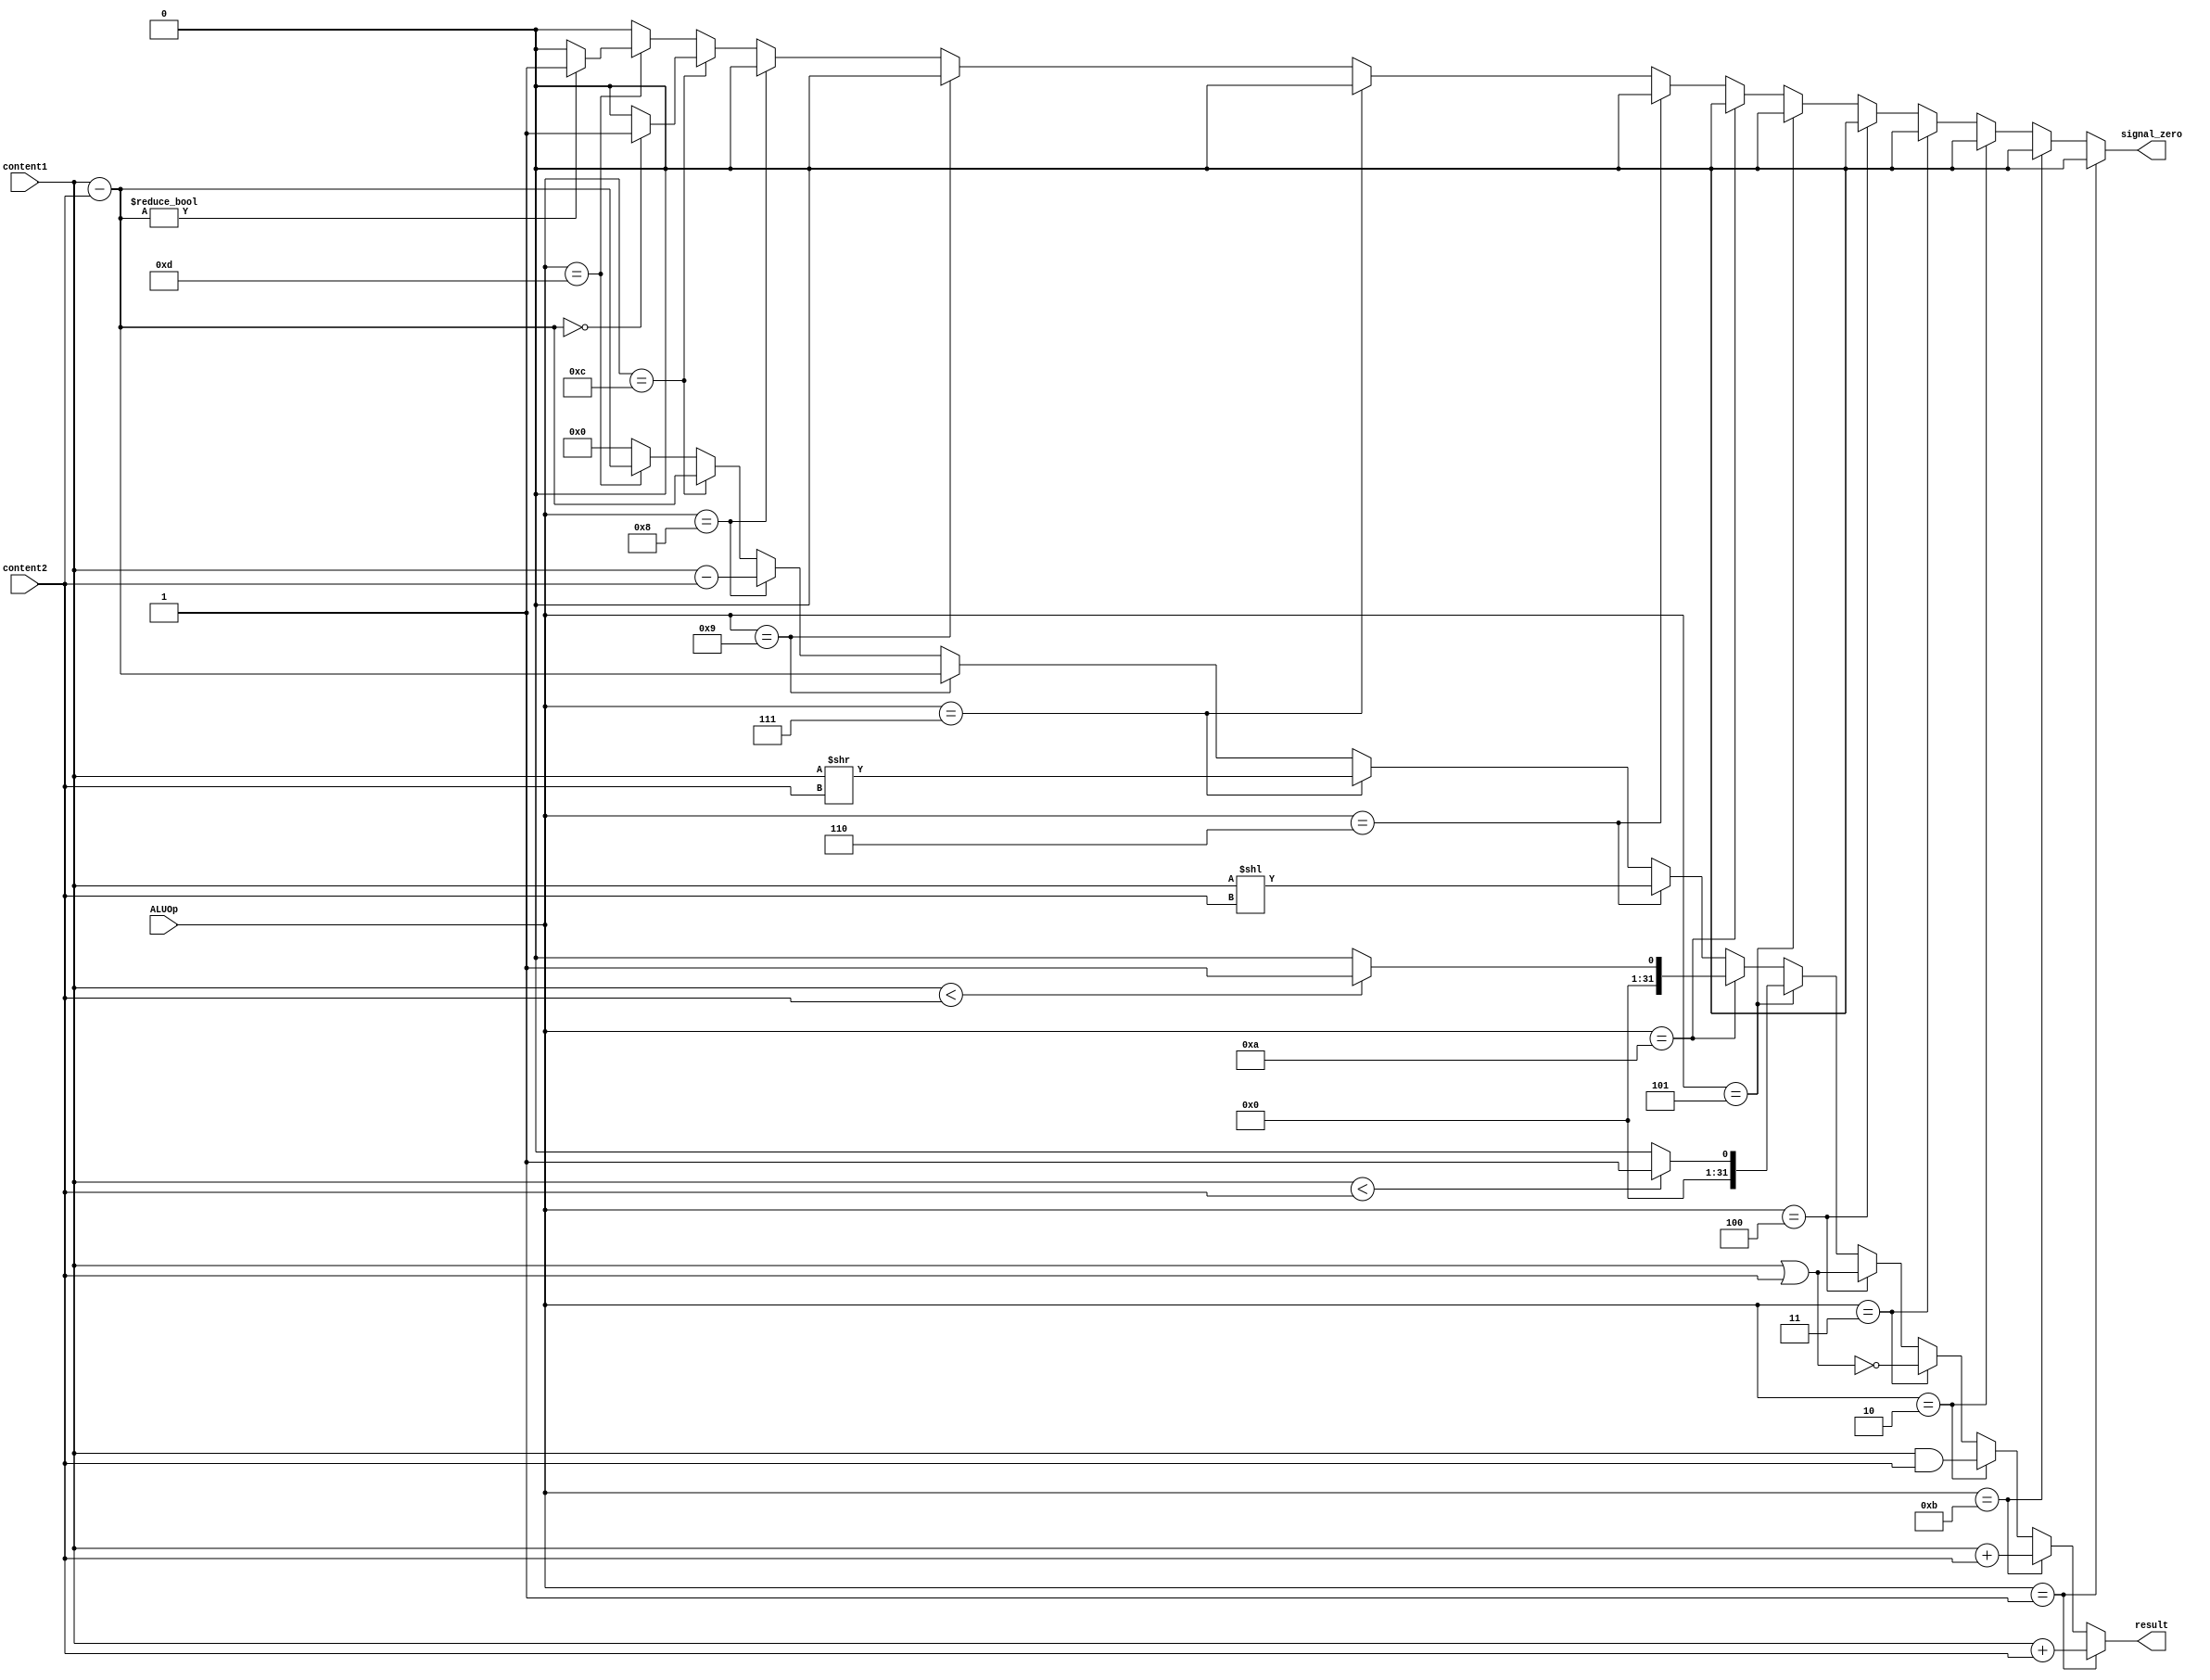
module mips_alu(ALUOp, content1, content2, result, signal_zero);
input [3:0] ALUOp;
input [31:0] content1, content2;
output reg [31:0] result;
output reg signal_zero; // for branch

reg [3:0] op_add = 4'd1;
reg [3:0] op_addu = 4'd11;
reg [3:0] op_and = 4'd2;
reg [3:0] op_jr = 4'd0;
reg [3:0] op_nor = 4'd3;
reg [3:0] op_or = 4'd4;
reg [3:0] op_slt = 4'd5;
reg [3:0] op_sltu = 4'd10;
reg [3:0] op_sll = 4'd6;
reg [3:0] op_srl = 4'd7;
reg [3:0] op_sub = 4'd9;
reg [3:0] op_subu = 4'd8;
reg [3:0] op_beq = 4'd12;
reg [3:0] op_bne = 4'd13;

always@(content1 or content2 or ALUOp)
begin
result = 0;
signal_zero = 0;
	case(ALUOp)
	op_add:
		begin
			result = $signed(content1)+ $signed(content2);
		end
	op_addu:
		begin
			result = content1 + content2;
		end
	op_and:
		begin
			result = content1 & content2;
		end
	op_nor:
		begin
			result = ~(content1 | content2);
		end
	op_or:
		begin 
			result = content1 | content2;
		end
	op_slt:
		begin
			result = ($signed(content1) < $signed(content2)) ? 1 : 0;
		end
	op_sltu:
		begin 
			result = (content1 < content2) ? 1 : 0;
		end
	op_sll:
		begin
			result = content1 << content2;
		end
	op_srl:
		begin
			result = content1 >> content2;
		end
	op_sub:
		begin
			result = $signed(content1) - $signed(content2);
			
		end
	op_subu:
		begin
			result = content1 - content2;
		end
	op_beq:
		begin
			result = $signed(content1) - $signed(content2);
			signal_zero = (result == 0) ? 1 : 0;
		end
	op_bne:
		begin
			result = $signed(content1) - $signed(content2);
			signal_zero = (result != 0) ? 1 : 0;
		end
	endcase
end


endmodule